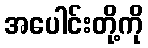
အပေါင်းတို့ကို